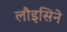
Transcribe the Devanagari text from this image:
लौइसिने